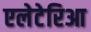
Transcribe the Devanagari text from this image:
एलेटेरिआ